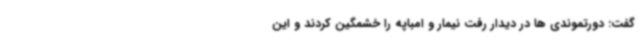
گفت: دورتموندی ها در دیدار رفت نیمار و امباپه را خشمگین کردند و این